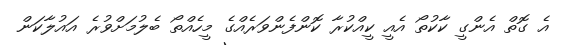
އެ ގޮތް އެންގީ ކާކުތޯ އެއީ ކީއްކުރާ ކޮންފެންވަރެއްގެ މީހެެއްތޯ ބެލުމަށްވުރެ އައުލާކަން